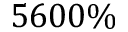
5 6 0 0 \%